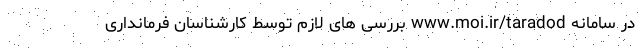
در سامانه www.moi.ir/taradod بررسی های لازم توسط کارشناسان فرمانداری